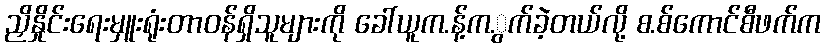
ညှိနှိုင်းရေးမှူးရုံးတာဝန်ရှိသူများကို ခေါ်ယူက.န့်က.ွက်ခဲ့တယ်လို့ စ.စ်ကောင်စီဖက်က